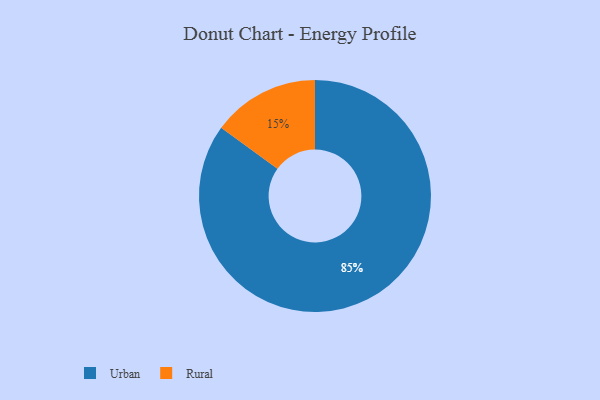
{"axis": {"x": "Category", "y": "Percentage"}, "legend": ["Rural", "Urban"], "data": [{"x": "Urban", "y": 85, "type": "Urban"}, {"x": "Rural", "y": 15, "type": "Rural"}]}